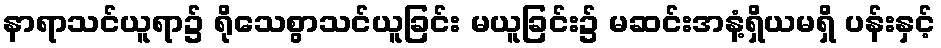
နာရာသင်ယူရာ၌ ရိုသေစွာသင်ယူခြင်း မယူခြင်း၌ မဆင်းအနံ့ရှိယမရှိ ပန်းနှင့်